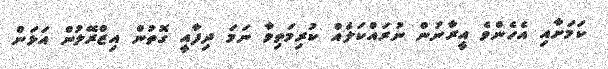
ކަމަށާއި އެހެންވެ އީރާނުން ނުރައްކަލެއް ކުރިމަތިވާ ނަމަ ދިފާއީ ގޮތުން އިޒްރޭލުން އަޅަން